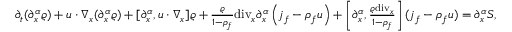
\begin{array} { r } { \partial _ { t } ( \partial _ { x } ^ { \alpha } \varrho ) + u \cdot \nabla _ { x } ( \partial _ { x } ^ { \alpha } \varrho ) + [ \partial _ { x } ^ { \alpha } , u \cdot \nabla _ { x } ] \varrho + \frac { \varrho } { 1 - \rho _ { f } } \mathrm { d i v } _ { x } \partial _ { x } ^ { \alpha } \left( j _ { f } - \rho _ { f } u \right) + \left[ \partial _ { x } ^ { \alpha } , \frac { \varrho \mathrm { d i v } _ { x } } { 1 - \rho _ { f } } \right] ( j _ { f } - \rho _ { f } u ) = \partial _ { x } ^ { \alpha } S , } \end{array}